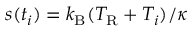
s ( t _ { i } ) = k _ { \mathrm { B } } ( T _ { \mathrm { R } } + T _ { i } ) / \kappa